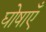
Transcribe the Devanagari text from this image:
घोषाएँ